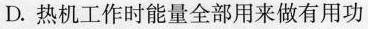
D.热机工作时能量全部用来做有用功